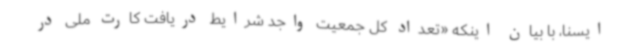
ایسنا، با بیان اینکه «تعداد کل جمعیت واجد شرایط دریافت کارت ملی در